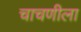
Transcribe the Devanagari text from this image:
चाचणीला